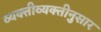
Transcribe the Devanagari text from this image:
व्यक्तीव्यक्तीनुसार